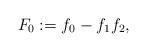
LaTeX: \begin{align*}F_0:=f_0-f_1f_2,\end{align*}